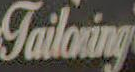
Tailoring